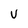
Character: U